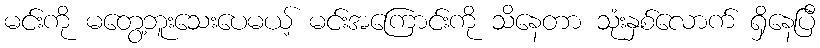
မင်းကို မတွေ့ဘူးသေးပေမယ့် မင်းအကြောင်းကို သိနေတာ သုံးနှစ်လောက် ရှိနေပြီ